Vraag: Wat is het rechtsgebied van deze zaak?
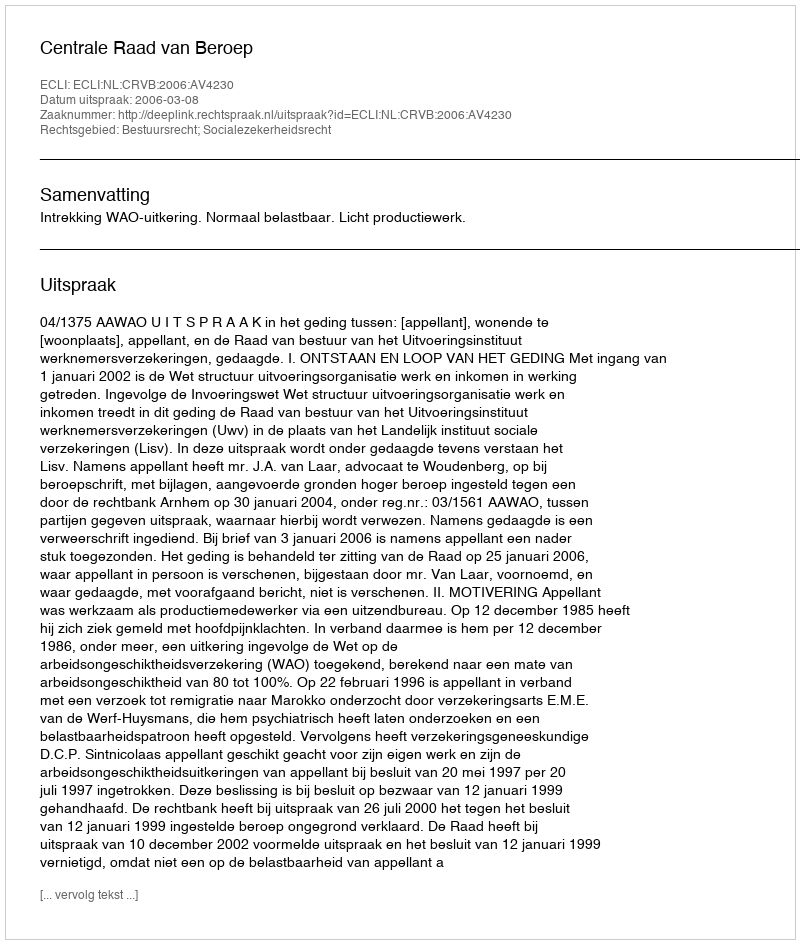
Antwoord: Bestuursrecht; Socialezekerheidsrecht